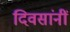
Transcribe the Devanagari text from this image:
दिवसांनीं